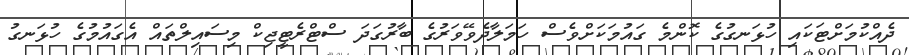
ދެއްކުމަށްޓަކައި ހުޅަނގުގެ ކޮންމެ ގައުމަކަށްވެސް ހަމަލާދެވޭވަރުގެ ބާރުގަދަ ސްޓްރެޓީޖިކް މިސައިލްތައް އެގައުމުގެ ހުޅަނގު